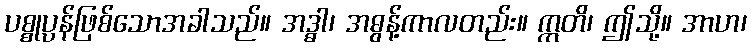
ပစ္စုပ္ပန်ဖြစ်သောအခါသည်။ အဒ္ဓါ၊ အဓွန့်ကာလတည်း။ ဣတိ၊ ဤသို့။ အာဟ၊